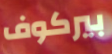
بيركوف